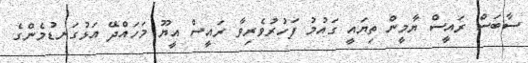
ސާބަސް ރައީސް ޔާމީން ތިޔައީ ގައުމު ފަހުރުވެރިވާ ރައީސް އީޔޫ މަހައްދޭ އަޅުގަނޑުމެންގެ